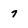
Character: 7